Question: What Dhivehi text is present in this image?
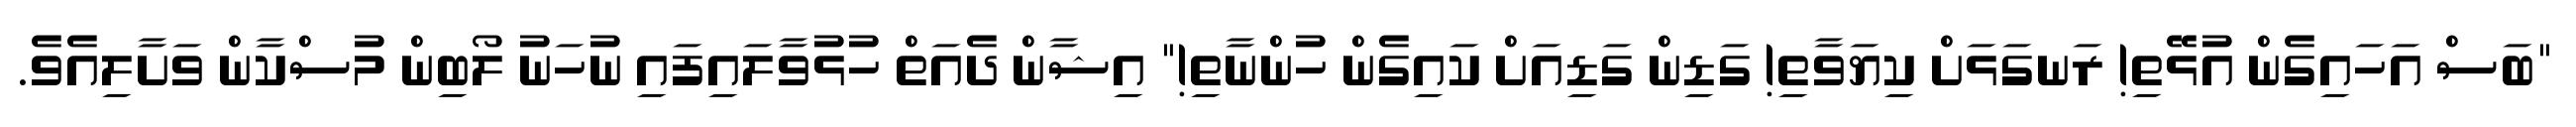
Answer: "ބަސް އަހައިގެން އުޅޭތި! ރަނގަޅަށް ކިޔަވާތި! ގަޑިން ގަޑިއަށް ކައިގެން ހުންނާތި!" އިޝާން ދެއަތް ހުޅުވާލައިފައި ނުހަނު ލޯބިން މުސްކާން ވަށާލިއެވެ.